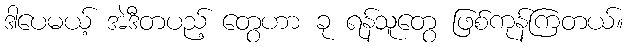
ဒါပေမယ့် အဲဒီတပည့် တွေဟာ ခု ရန်သူတွေ ဖြစ်ကုန်ကြတယ်။